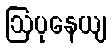
ဩပုနေယျ